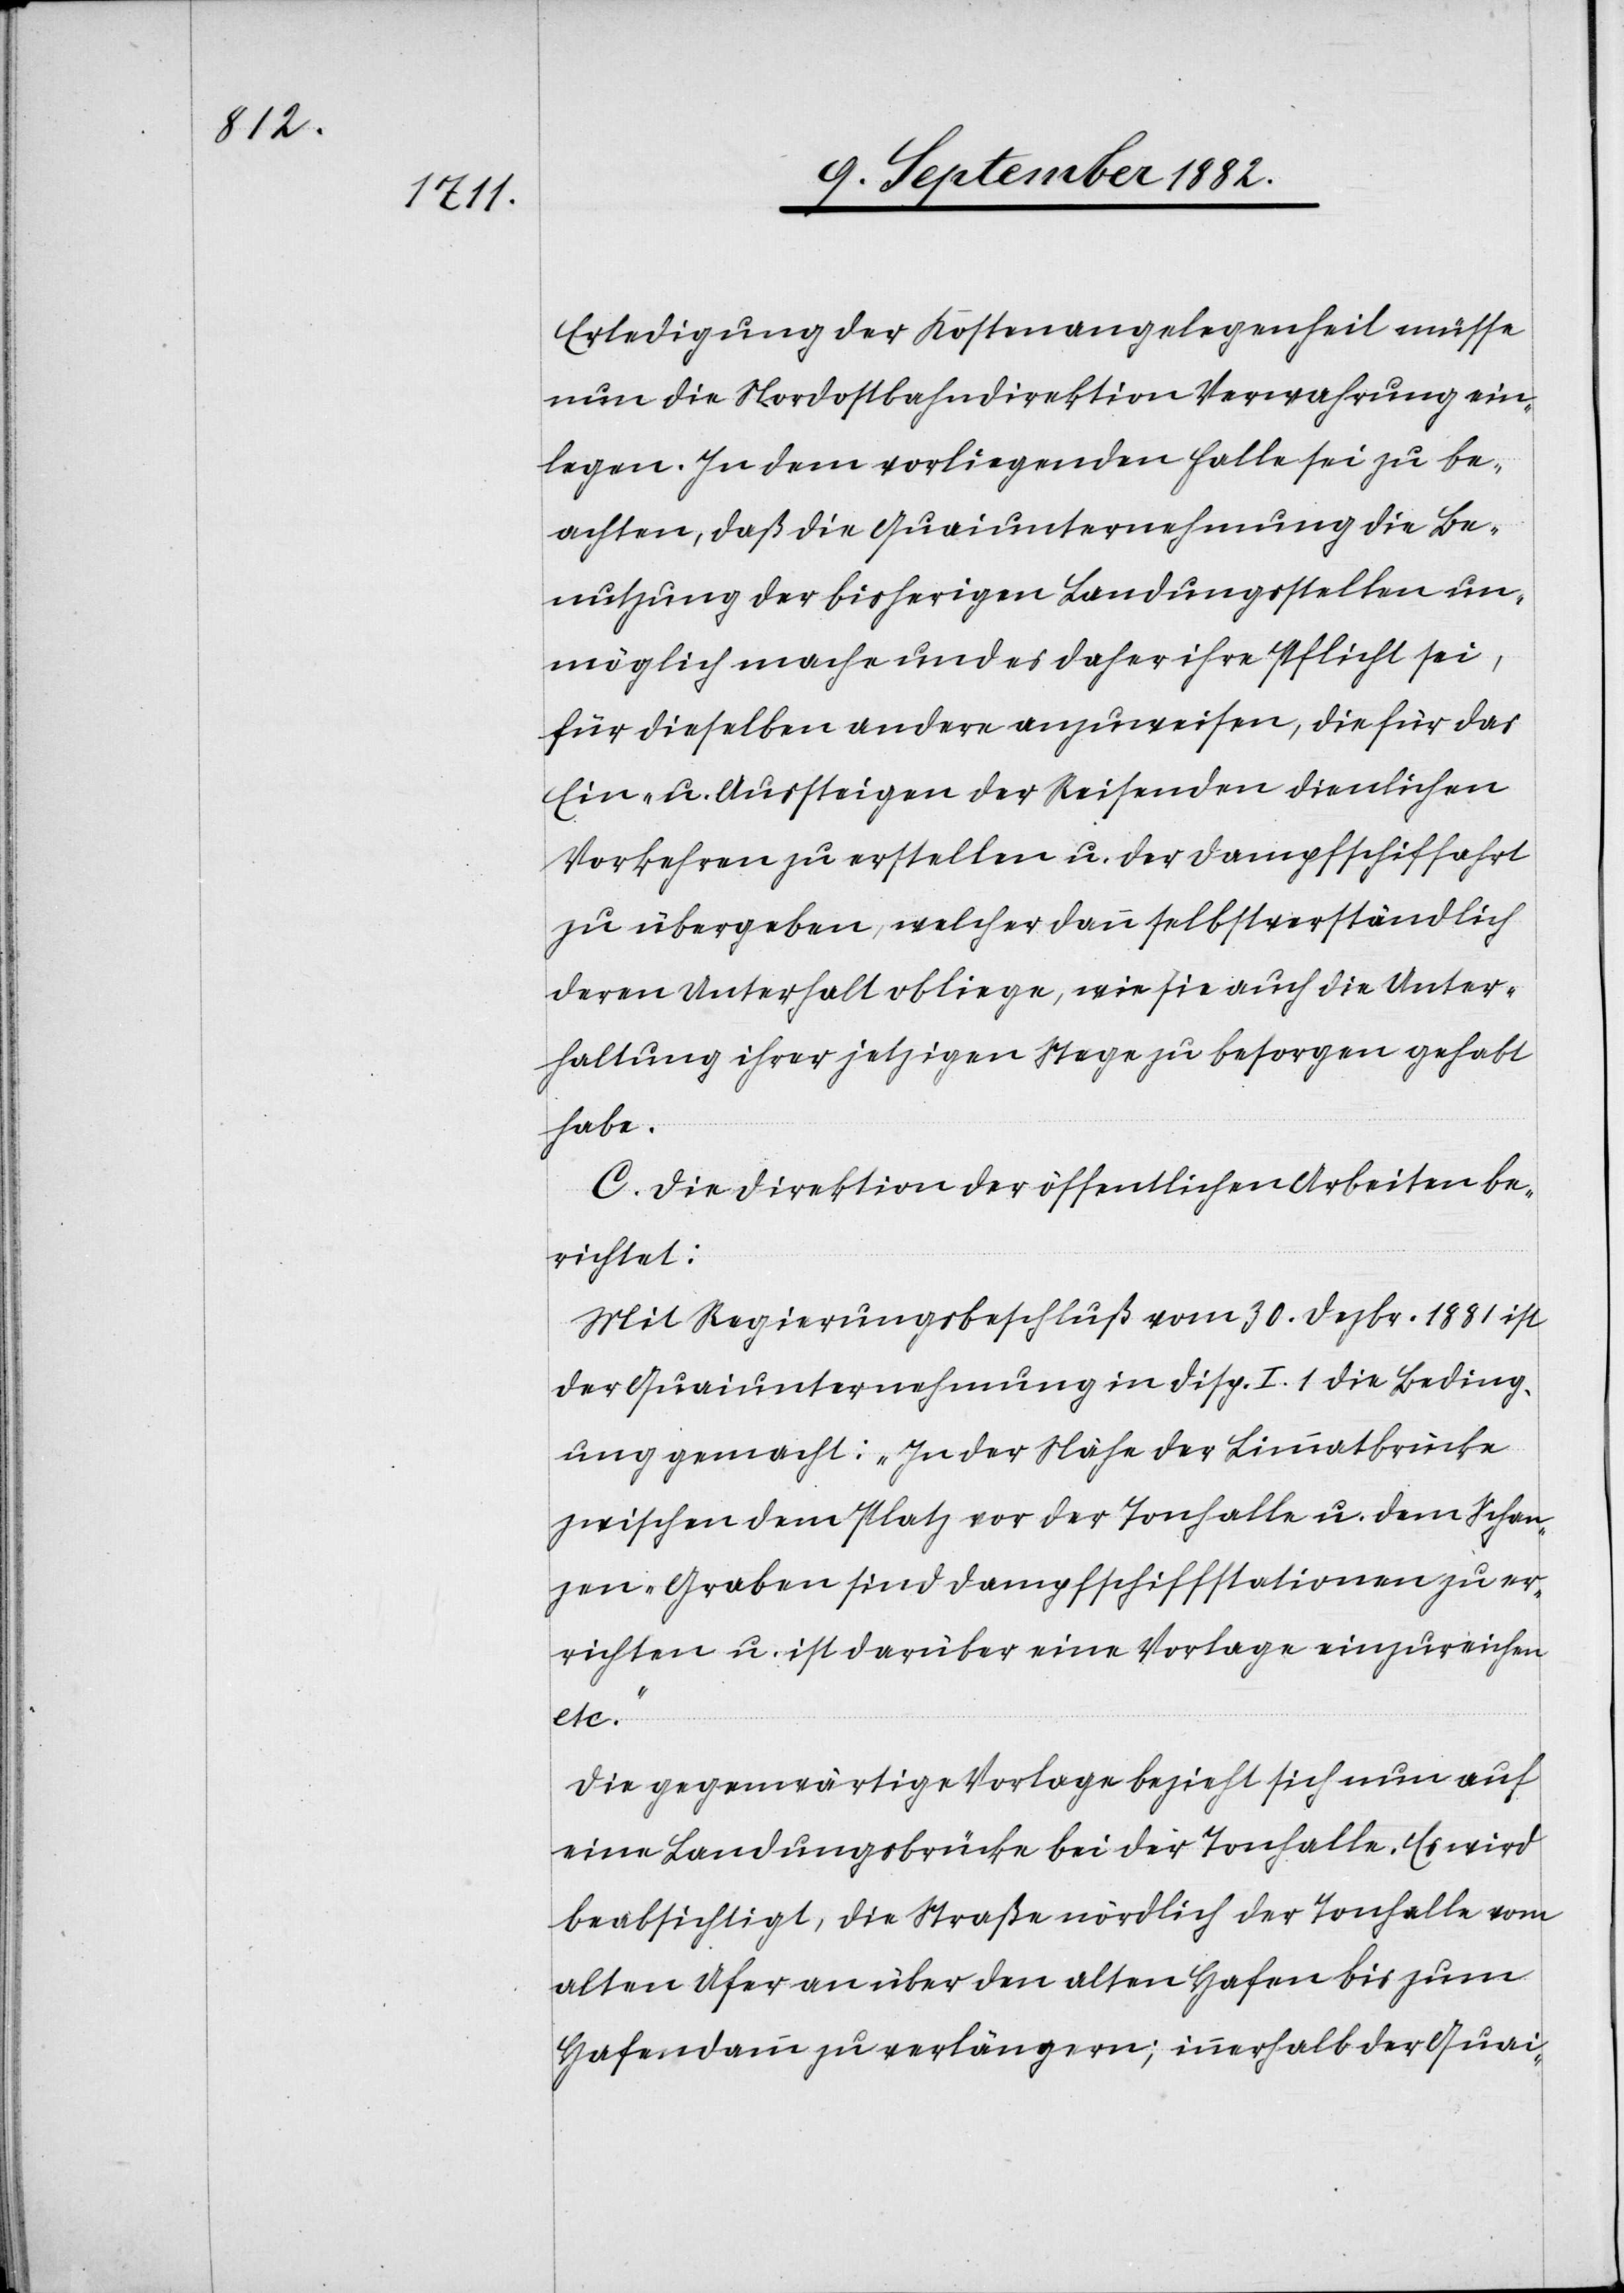
Erledigung der Kostenangelegenheit müsse
nun die Nordostbahndirektion Verwahrung ein¬
legen. In dem vorliegenden Falle sei zu be¬
achten, daß die Quaiunternehmung die Be¬
nutzung der bisherigen Landungsstellen un¬
möglich mache und es daher ihre Pflicht sei,
für dieselben andere anzuweisen, die für das
Ein- u. Aussteigen der Reisenden dienlichen
Vorkehren zu erstellen u. der Dampfschiffahrt
zu übergeben, welcher dann selbstverständlich
deren Unterhalt obliege, wie sie auch die Unter¬
haltung ihrer jetzigen Stege zu besorgen gehabt
habe.
C. Die Direktion der öffentlichen Arbeiten be¬
richtet:
Mit Regierungsbeschluß vom 30. Dezbr. 1881 ist
der Quaiunternehmung in Disp. I. 1 die Beding¬
ung gemacht: „In der Nähe der Limmatbrücke
zwischen dem Platz vor der Tonhalle u. dem Schan¬
zen-Graben sind Dampfschiffstationen zu er¬
richten u. ist darüber eine Vorlage einzureichen
etc.“
Die gegenwärtige Vorlage bezieht sich nun auf
eine Landungsbrücke bei der Tonhalle. Es wird
beabsichtigt, die Straße nördlich der Tonhalle vom
alten Ufer an über den alten Hafen bis zum
Hafendamm zu verlängern; innerhalb der Quai-